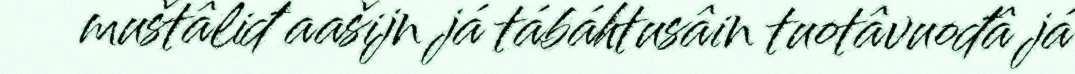
muštâliđ aašijn já tábáhtusâin tuotâvuođâ já